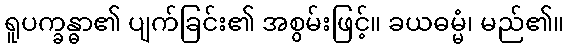
ရူပက္ခန္ဓာ၏ ပျက်ခြင်း၏ အစွမ်းဖြင့်။ ခယဓမ္မံ၊ မည်၏။